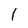
Character: l